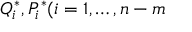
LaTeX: Q _ { i } ^ { \ast } , P _ { i } ^ { \ast } ( i = 1 , \dots , n - m